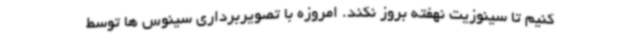
کنیم تا سینوزیت نهفته بروز نکند. امروزه با تصویربرداری سینوس ها توسط